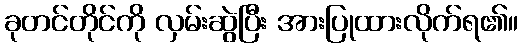
ခုတင်တိုင်ကို လှမ်းဆွဲပြီး အားပြုထားလိုက်ရ၏။